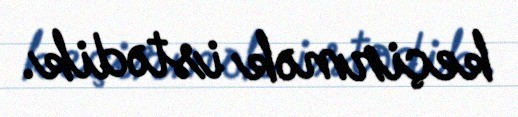
keçirmək istədik.